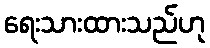
ရေးသားထားသည်ဟု